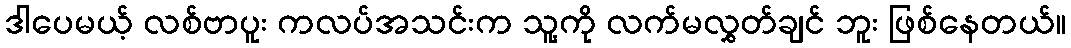
ဒါပေမယ့် လစ်ဗာပူး ကလပ်အသင်းက သူ့ကို လက်မလွှတ်ချင် ဘူး ဖြစ်နေတယ်။